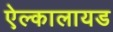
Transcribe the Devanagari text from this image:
ऐल्कालायड